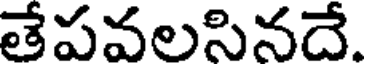
తేపవలసినదే.